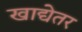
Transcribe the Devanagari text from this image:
खाद्येतर